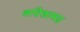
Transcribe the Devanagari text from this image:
सदिकामऊ